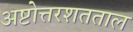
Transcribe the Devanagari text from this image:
अष्टोत्तरशतताल